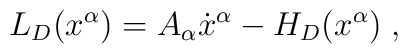
L_{D}(x^{\alpha })=A_{\alpha }\dot{x}^{\alpha }-H_{D}(x^{\alpha })\;,